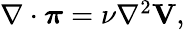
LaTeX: \begin{array}{r}{\nabla\cdot\boldsymbol{\pi}=\nu\nabla^{2}{\mathbf V},}\end{array}